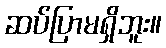
ဆပ်ပြာမရှိဘူး။